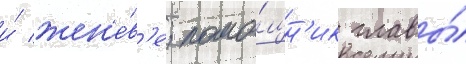
и́ жен'е́в'е; помо́щн'ик главы́